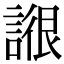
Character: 𧩺